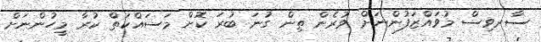
ސާރވިސް މުވައްޒަފުންނަށް ވުރެން ތިން ގުނަ ބުރަ ކޮށް މަސައްކަތް ކުރާ މީހުންނަށް